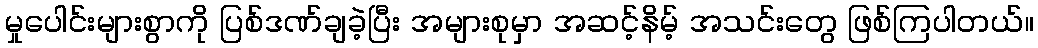
မှုပေါင်းများစွာကို ပြစ်ဒဏ်ချခဲ့ပြီး အများစုမှာ အဆင့်နိမ့် အသင်းတွေ ဖြစ်ကြပါတယ်။